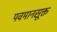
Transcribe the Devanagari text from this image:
पवमानसूक्त